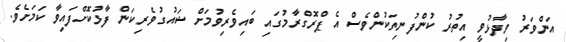
އަންވަރު ވިދާޅުވީ އިތުރު ކުންފުނިތަކުންވެސް އެ ޕްރޮގްރާމުގައި ބައިވެރިވުމަށް ޝައުގުވެރިކަން ފާޅުކޮށްފައިވާ ކަމަށެވެ.